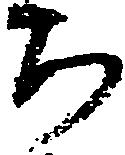
ち